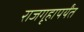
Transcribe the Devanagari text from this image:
राजगृहापर्यंत